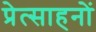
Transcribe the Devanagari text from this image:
प्रेत्साहनों